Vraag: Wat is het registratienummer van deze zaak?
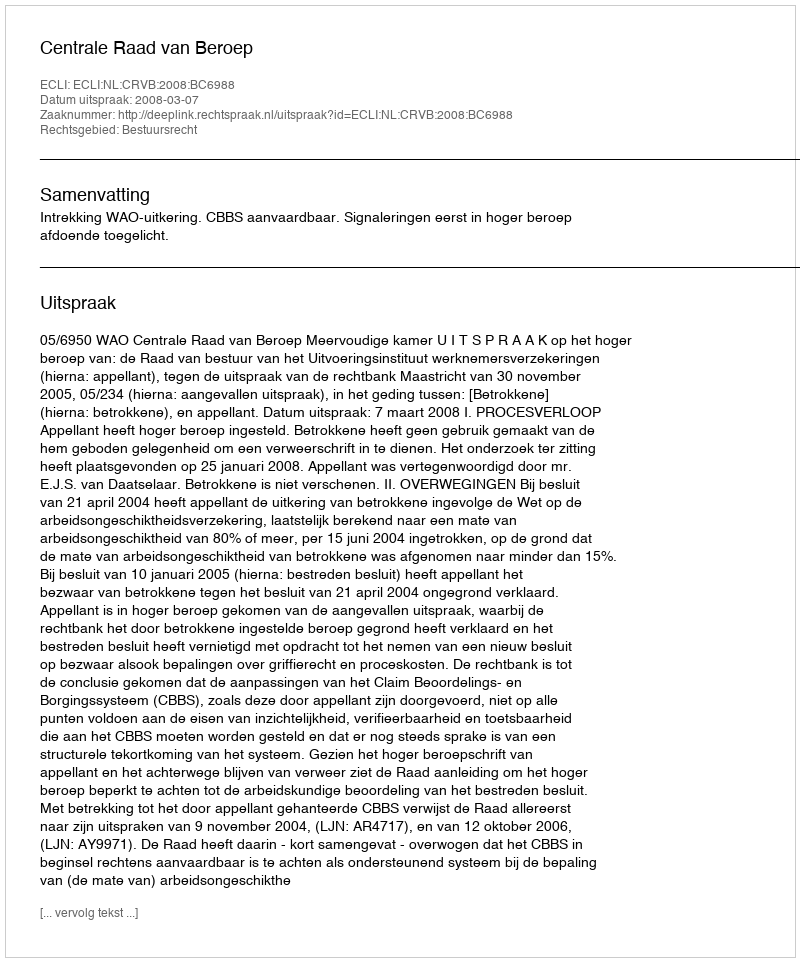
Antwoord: http://deeplink.rechtspraak.nl/uitspraak?id=ECLI:NL:CRVB:2008:BC6988